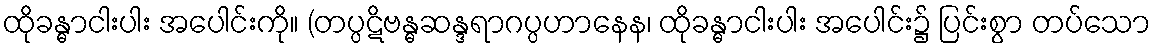
ထိုခန္ဓာငါးပါး အပေါင်းကို။ (တပ္ပဋိဗန္ဓဆန္ဒရာဂပ္ပဟာနေန၊ ထိုခန္ဓာငါးပါး အပေါင်း၌ ပြင်းစွာ တပ်သော